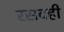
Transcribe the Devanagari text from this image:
रसदही